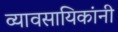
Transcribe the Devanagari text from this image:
व्यावसायिकांनी